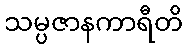
သမ္ပဇာနကာရီတိ